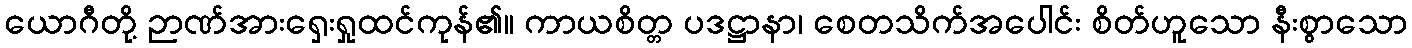
ယောဂီတို့ ဉာဏ်အားရှေးရှုထင်ကုန်၏။ ကာယစိတ္တ ပဒဋ္ဌာနာ၊ စေတသိက်အပေါင်း စိတ်ဟူသော နီးစွာသော